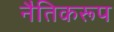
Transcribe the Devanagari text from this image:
नैतिकरूप